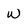
Character: W